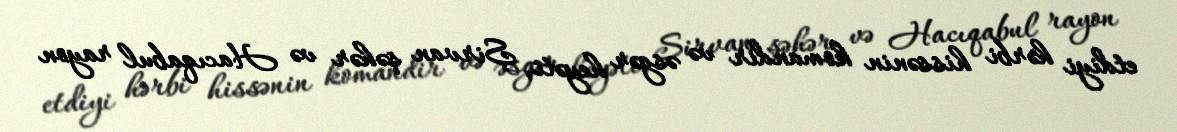
etdiyi hərbi hissənin komandir və əsgər heyəti, Şirvan şəhər və Hacıqabul rayon